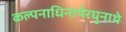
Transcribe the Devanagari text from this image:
कल्पनाधिनाथेरघुनाथे